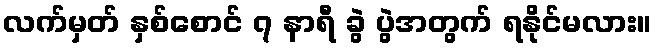
လက်မှတ် နှစ်စောင် ၇ နာရီ ခွဲ ပွဲအတွက် ရနိုင်မလား။